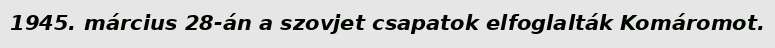
1945. március 28-án a szovjet csapatok elfoglalták Komáromot.